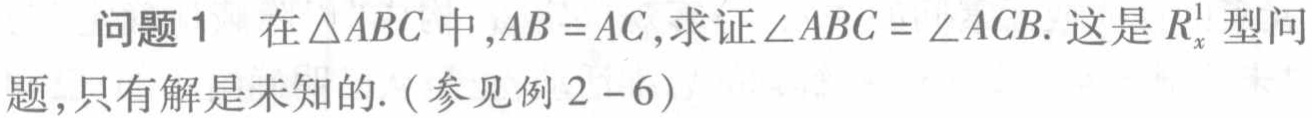
问题 1 在$\triangle ABC$中,$AB = AC$,求证$\angle ABC = \angle ACB$. 这是$R_{x}^{1}$型问题,只有解是未知的.(参见例 2 - 6)